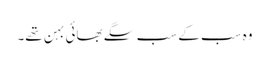
وہ سب کے سب سگے بھائی بہن تھے۔